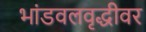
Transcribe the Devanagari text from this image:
भांडवलवृद्धीवर